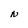
Character: N